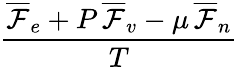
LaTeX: \frac{\overline{\mathcal{F}}_{e}+P\, \overline{\mathcal{F}}_{v}-\mu\, \overline{\mathcal{F}}_{n}}{T}